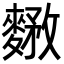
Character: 𪍘